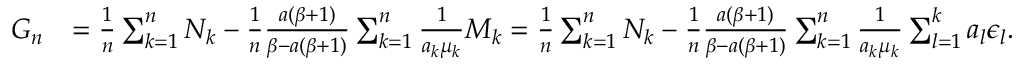
\begin{array} { r l } { G _ { n } } & { = \frac { 1 } { n } \sum _ { k = 1 } ^ { n } N _ { k } - \frac { 1 } { n } \frac { a ( \beta + 1 ) } { \beta - a ( \beta + 1 ) } \sum _ { k = 1 } ^ { n } \frac { 1 } { a _ { k } \mu _ { k } } M _ { k } = \frac { 1 } { n } \sum _ { k = 1 } ^ { n } N _ { k } - \frac { 1 } { n } \frac { a ( \beta + 1 ) } { \beta - a ( \beta + 1 ) } \sum _ { k = 1 } ^ { n } \frac { 1 } { a _ { k } \mu _ { k } } \sum _ { l = 1 } ^ { k } a _ { l } \epsilon _ { l } . } \end{array}